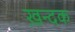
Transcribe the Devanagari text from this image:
ख़न्दक